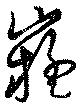
嶷